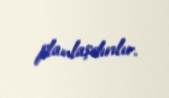
planlaşdırılır.